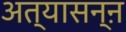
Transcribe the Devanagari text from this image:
अत्यासन्ऩ